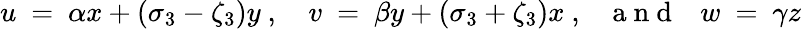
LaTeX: u\ =\ \alpha x+(\sigma_{3}-\zeta_{3})y~,\quad v\ =\ \beta y+(\sigma_{3}+\zeta_{3})x~,{~~~\mathrm{~a~n~d~}~~~}w\ =\ \gamma z